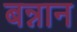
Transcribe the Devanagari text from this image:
बन्नान